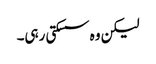
لیکن وہ سسکتی رہی۔